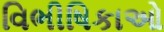
વિભીષિકાઓ